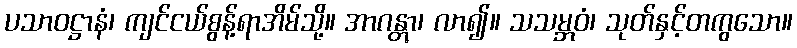
ပသာဝဋ္ဌာနံ၊ ကျင်ငယ်စွန့်ရာအိမ်သို့။ အာဂန္တွာ၊ လာ၍။ သသမ္ဘဝံ၊ သုတ်နှင့်တကွသော။